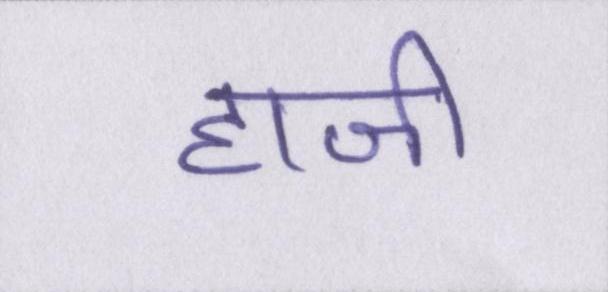
हाजी